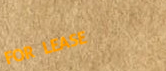
FOR LEASE